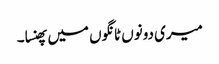
میری دونوں ٹانگوں میں پھنسا۔